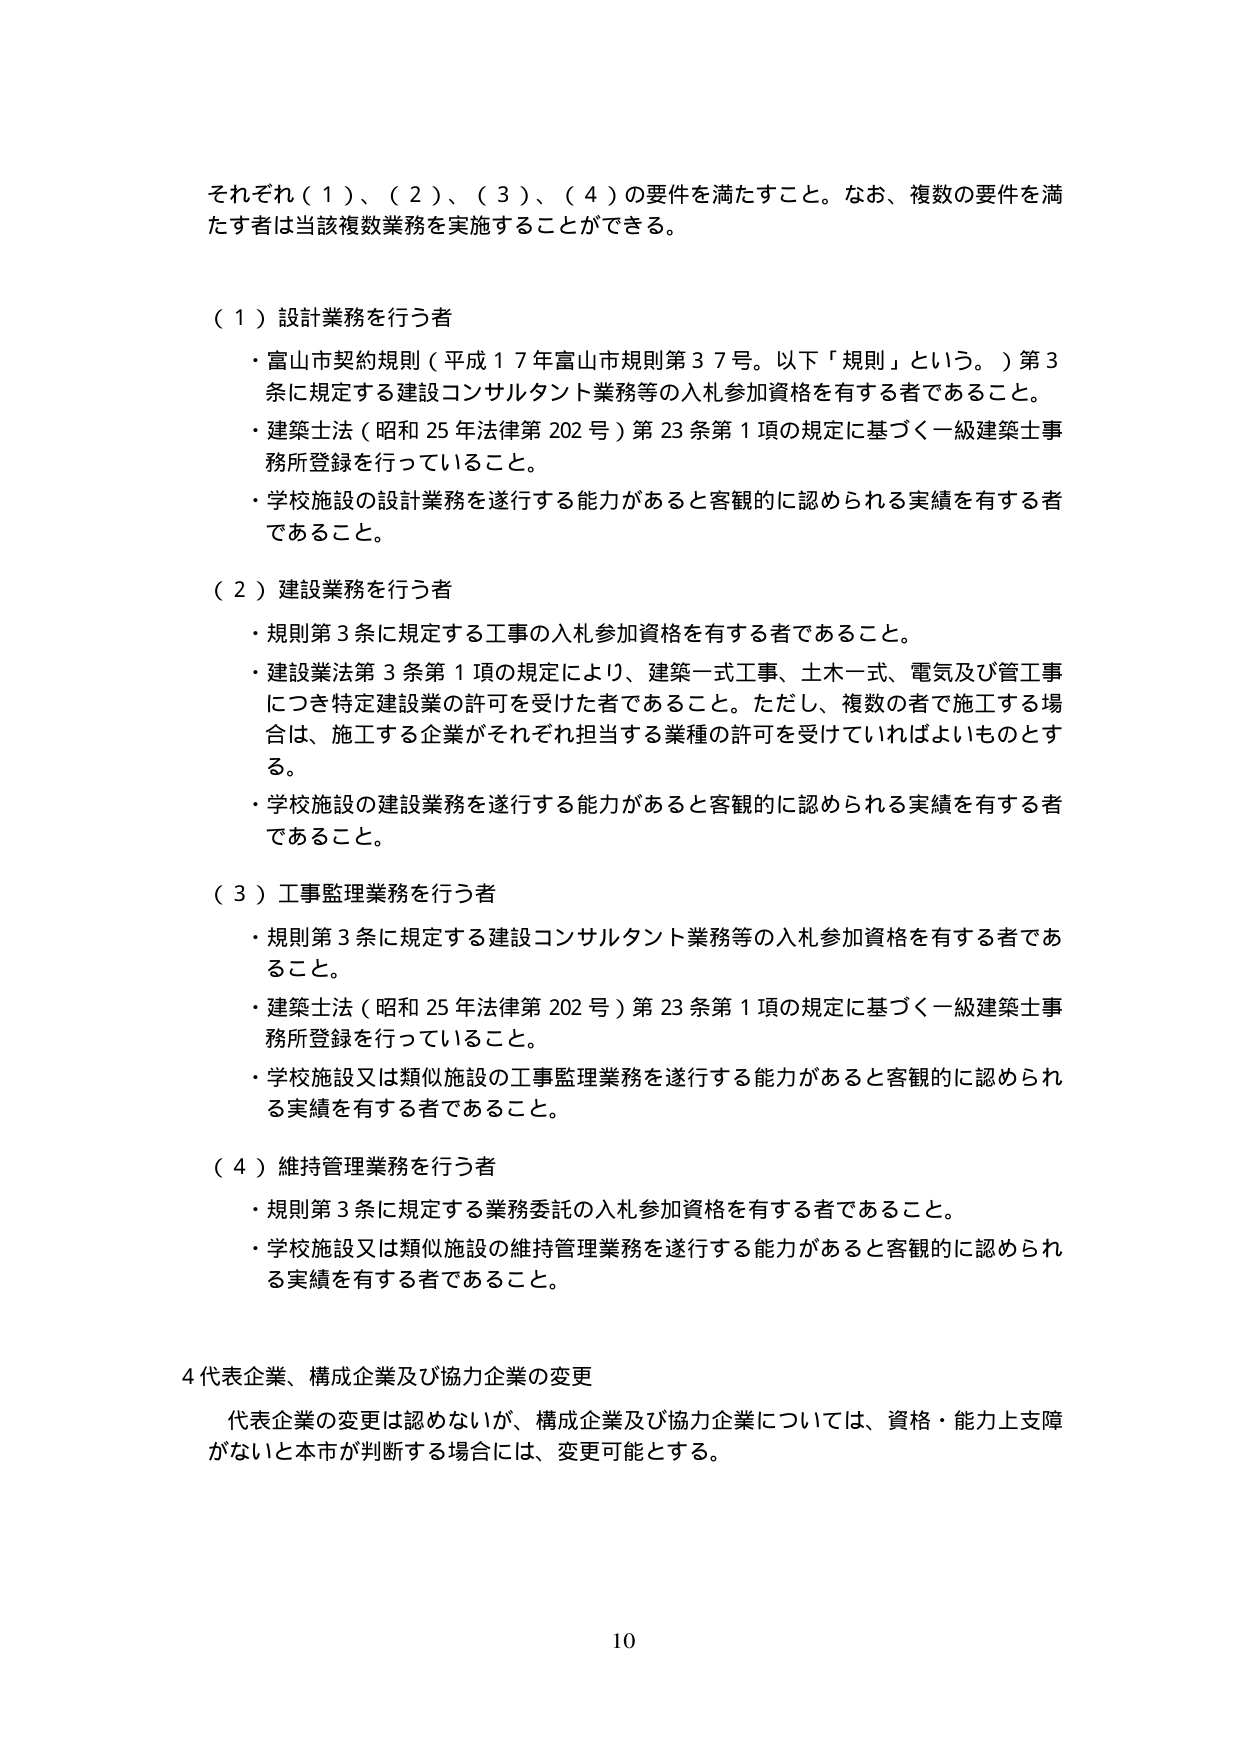
それぞれ（１）、（２）、（３）、（４）の要件を満たすこと。なお、複数の要件を満たす者は当該複数業務を実施することができる。

（１）設計業務を行う者
・富山市契約規則（平成１７年富山市規則第３７号。以下「規則」という。）第３条に規定する建設コンサルタント業務等の入札参加資格を有する者であること。
・建築士法（昭和２５年法律第２０２号）第２３条第１項の規定に基づく一級建築士事務所登録を行っていること。
・学校施設の設計業務を遂行する能力があると客観的に認められる実績を有する者であること。

（２）建設業務を行う者
・規則第３条に規定する工事の入札参加資格を有する者であること。
・建設業法第３条第１項の規定により、建築一式工事、土木一式、電気及び管工事につき特定建設業の許可を受けた者であること。ただし、複数の者で施工する場合は、施工する企業がそれぞれ担当する業種の許可を受けていればよいものとする。
・学校施設の建設業務を遂行する能力があると客観的に認められる実績を有する者であること。

（３）工事監理業務を行う者
・規則第３条に規定する建設コンサルタント業務等の入札参加資格を有する者であること。
・建築士法（昭和２５年法律第２０２号）第２３条第１項の規定に基づく一級建築士事務所登録を行っていること。
・学校施設又は類似施設の工事監理業務を遂行する能力があると客観的に認められる実績を有する者であること。

（４）維持管理業務を行う者
・規則第３条に規定する業務委託の入札参加資格を有する者であること。
・学校施設又は類似施設の維持管理業務を遂行する能力があると客観的に認められる実績を有する者であること。

４ 代表企業、構成企業及び協力企業の変更
代表企業の変更は認めないが、構成企業及び協力企業については、資格・能力上支障がないと本市が判断する場合には、変更可能とする。

10